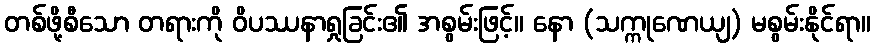
တစ်ဖို့စီသော တရားကို ဝိပဿနာရှုခြင်း၏ အစွမ်းဖြင့်။ နော (သက္ကုဏေယျ) မစွမ်းနိုင်ရာ။